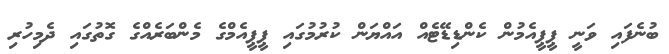
ބުނެފައި ވަނީ ޕީޕީއެމުން ކެންޑިޑޭޓެއް އައްޔަން ކުރުމުގައި ޕީޕީއެމްގެ މެންބަރެއްގެ ގޮތުގައި ދެމިހުރި